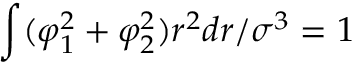
\int ( \varphi _ { 1 } ^ { 2 } + \varphi _ { 2 } ^ { 2 } ) r ^ { 2 } d r / \sigma ^ { 3 } = 1